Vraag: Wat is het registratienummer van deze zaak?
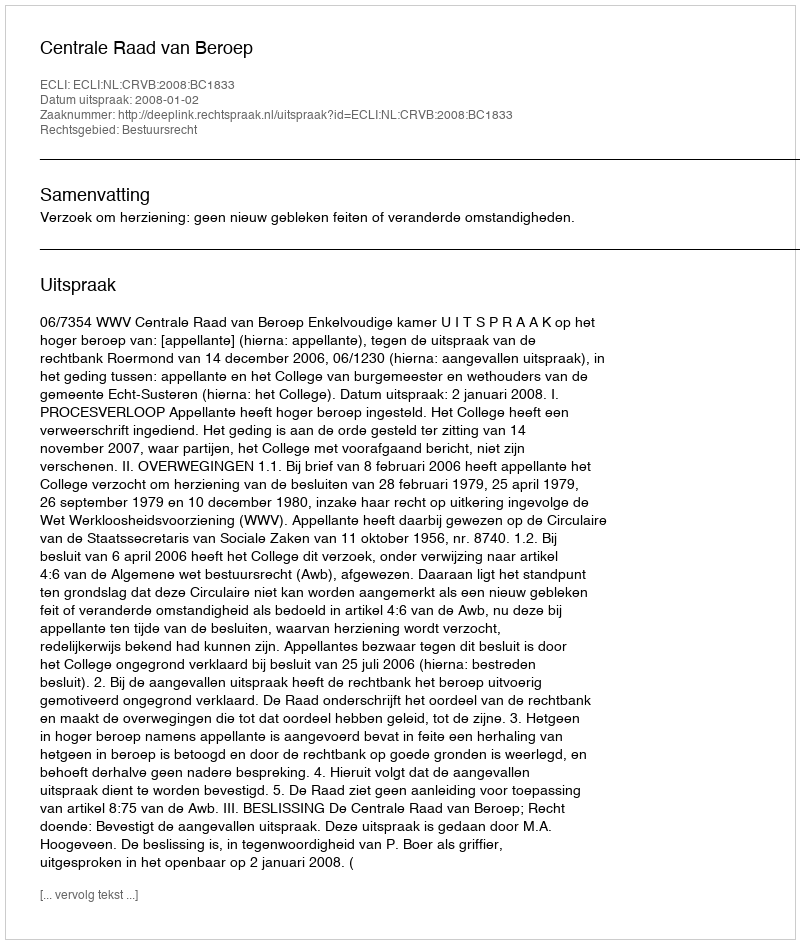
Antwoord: http://deeplink.rechtspraak.nl/uitspraak?id=ECLI:NL:CRVB:2008:BC1833